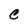
Character: C